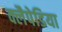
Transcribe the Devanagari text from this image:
क्लैपेडिया